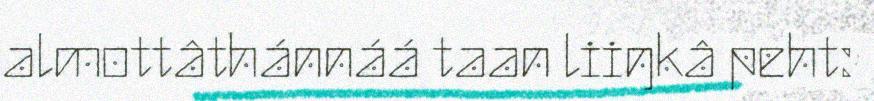
almottâthánnáá taan liiŋkâ peht: